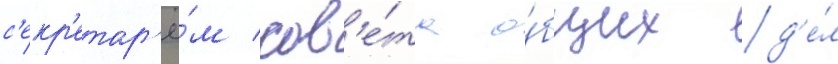
с'екр'етар'ё́м сов'е́та о́бщих д'е́л